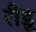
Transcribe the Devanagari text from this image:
रीडू